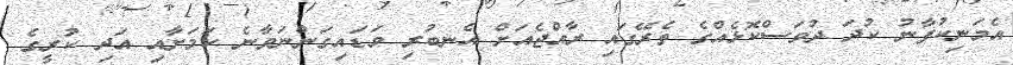
އެމަނިކުފާނު ކުދަ ދުވަސްކޮޅެއްގެ ތެރޭގައި ރާއްޖެއަށް އެނބުރި ވަޑައިގަންނަވާނެ ކަމަށާއި އަދި ކުރީގެ